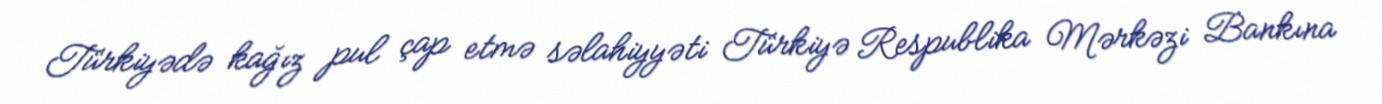
Türkiyədə kağız pul çap etmə səlahiyyəti Türkiyə Respublika Mərkəzi Bankına